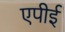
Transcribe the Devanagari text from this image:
एपीई